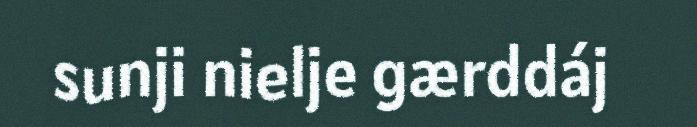
sunji nielje gærddáj